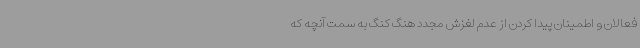
فعالان و اطمینان پیدا کردن از عدم لغزش مجدد هنگ کنگ به سمت آنچه که